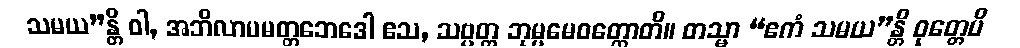
သမယ”န္တိ ဝါ, အဘိလာပမတ္တဘေဒေါ ဧသ, သဗ္ဗတ္ထ ဘုမ္မမေဝတ္ထောတိ။ တသ္မာ “ဧကံ သမယ”န္တိ ဝုတ္တေပိ